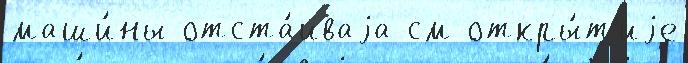
маши́ны отста́иваjа см откры́т'иjе